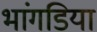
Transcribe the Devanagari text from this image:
भांगडिया